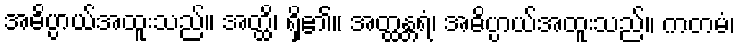
အဓိပ္ပာယ်အထူးသည်။ အတ္ထိ၊ ရှိ၏။ အတ္ထန္တရံ၊ အဓိပ္ပာယ်အထူးသည်။ ကတမံ၊